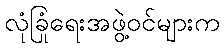
လုံခြုံရေးအဖွဲ့ဝင်များက